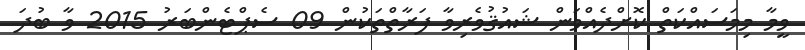
ވީމާ މިމަސައްކަތް ކޮށްދެއްވަން ޝައުޤުވެރިވާ ފަރާތްތަކުން 09 ސެޕްޓެންބަރު 2015 ވާ ބުދަ